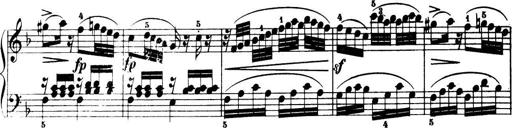
Title: 32 Sonatinas and Rondos for the Piano
Composer: Richard Kleinmichel